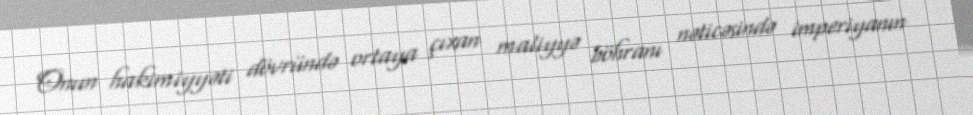
Onun hakimiyyəti dövründə ortaya çıxan maliyyə böhranı nəticəsində imperiyanın